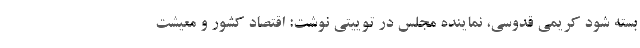
بسته شود کریمی قدوسی، نماینده مجلس در توییتی نوشت: اقتصاد کشور و معیشت